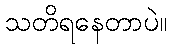
သတိရနေတာပဲ။